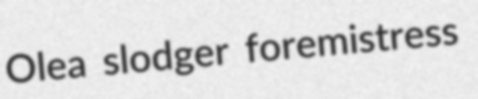
Olea slodger foremistress